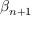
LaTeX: \beta _ { n + 1 }